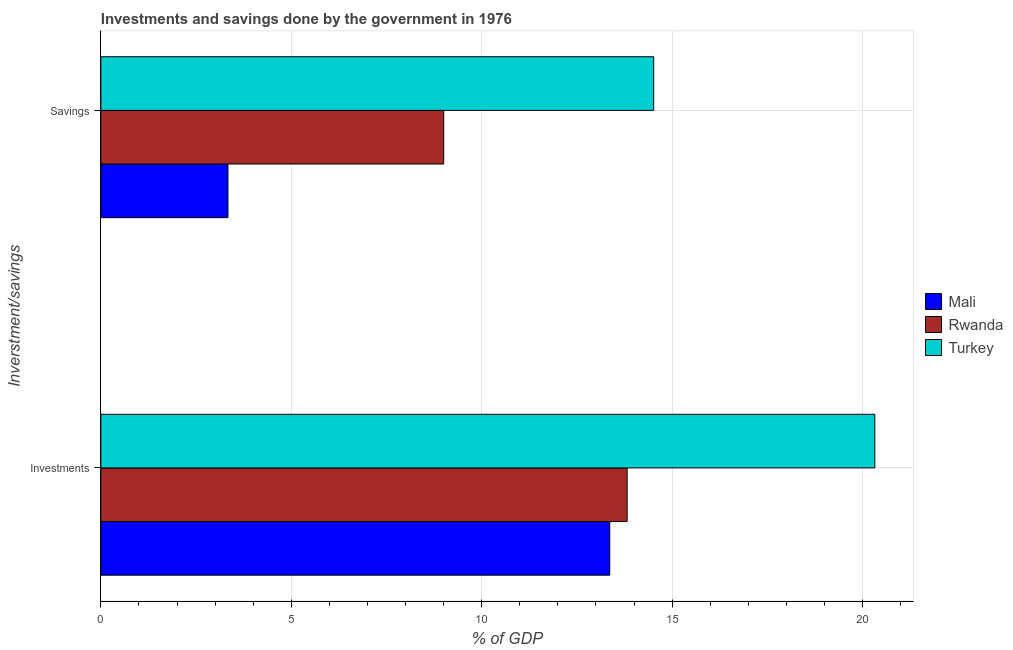
| Inverstment/savings | Mali | Rwanda | Turkey |
 | --- | --- | --- | --- |
 | Investments | 13.4 | 13.8 | 20.3 |
 | Savings | 3.34 | 9 | 14.5 |